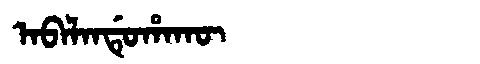
Manchu: ᠠᠪᠠᠯᠠᠨᡩᡠᡥᠠᡴᡡ
Romanization: ABALANDUHAKŪ